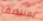
بمنتصف